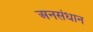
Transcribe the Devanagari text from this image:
अनसंधान